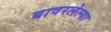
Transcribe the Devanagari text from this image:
बावरलेल्या